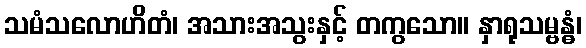
သမံသလောဟိတံ၊ အသားအသွးနှင့် တကွသော။ နှာရုသမ္ဗန္ဓံ၊